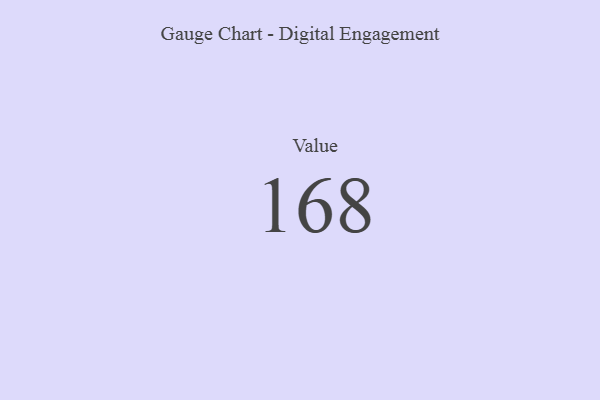
{"axis": {"x": "Metric", "y": "Value"}, "legend": [""], "data": [{"x": "Value", "y": 168, "type": ""}]}